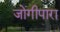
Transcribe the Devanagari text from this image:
जोगीपारा